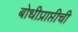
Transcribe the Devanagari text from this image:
बोधीप्राप्तीची